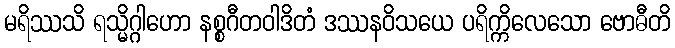
မရိဿသိ ရသ္မိဂ္ဂါဟော နစ္စဂီတဝါဒိတံ ဒဿနဝိသယေ ပရိက္ကိလေသော ဗောဓီတိ